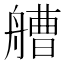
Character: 艚